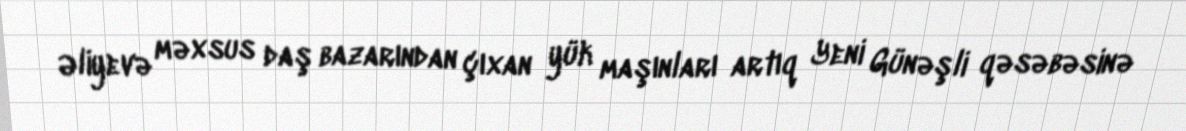
Əliyevə məxsus daş bazarından çıxan yük maşınları artıq Yeni Günəşli qəsəbəsinə